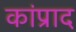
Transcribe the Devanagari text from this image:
कांप्राद